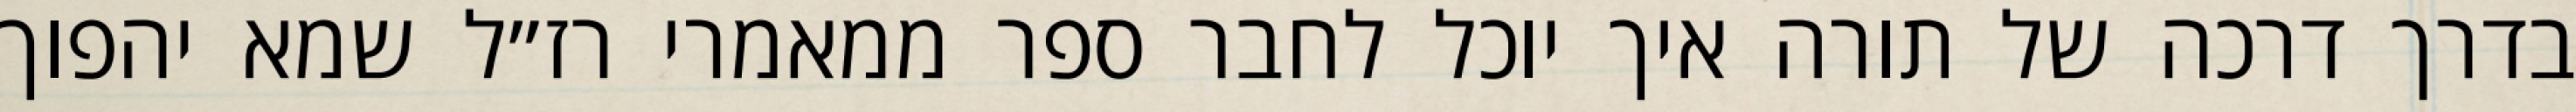
בדרך דרכה של תורה איך יוכל לחבר ספר ממאמרי רז״ל שמא יהפוך